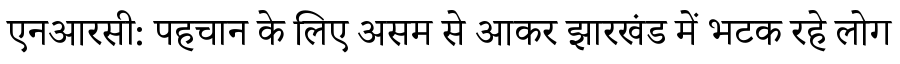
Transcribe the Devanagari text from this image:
एनआरसी: पहचान के लिए असम से आकर झारखंड में भटक रहे लोग